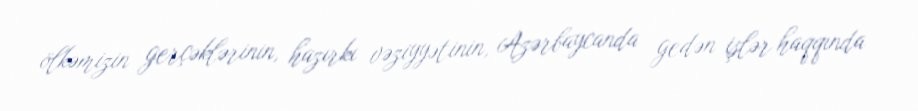
ölkəmizin gerçəklərinin, hazırkı vəziyyətinin, Azərbaycanda gedən işlər haqqında